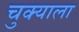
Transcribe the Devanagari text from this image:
चुक्याला